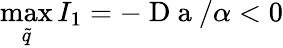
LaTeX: \operatorname*{max}_{\tilde{q}}{I_{1}}=-\mathrm{~D~a~}/\alpha<0